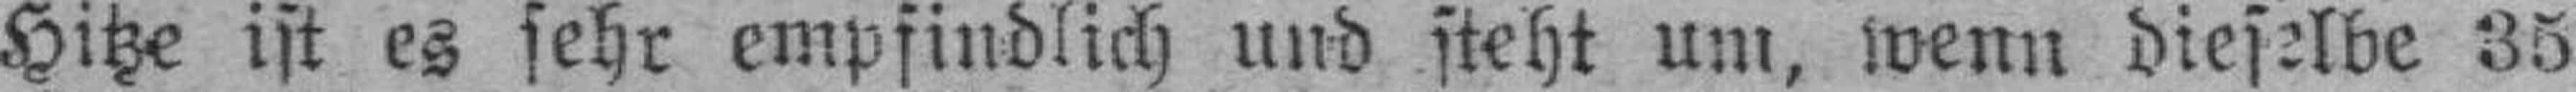
Hitze ist es sehr empfindlich und steht um, wenn dieselbe 35